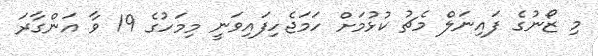
މި ޒޯނުގެ ފައިނަލް މެޗު ކުޅުމަށް ހަމަޖެހިފައިވަނީ މިމަހުގެ 19 ވާ އަންގާރަ